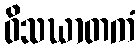
ဝိသဃာတကံ